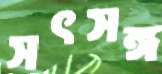
সৎসঙ্গ